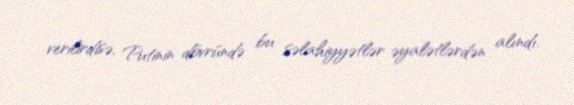
verilirdisə, Putinin dövründə bu səlahiyyətlər əyalətlərdən alındı.